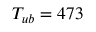
T _ { u b } = 4 7 3